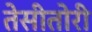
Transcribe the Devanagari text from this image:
तेसीतोरी